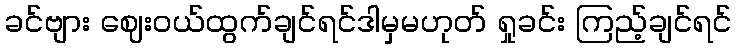
ခင်ဗျား ဈေးဝယ်ထွက်ချင်ရင်ဒါမှမဟုတ် ရှုခင်း ကြည့်ချင်ရင်